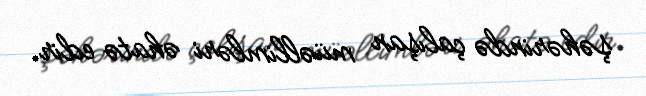
şəhərində çalışan müəllimləri əhatə edir.